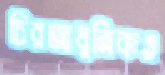
চিরআধুনিকও